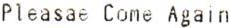
PLEASAE COME AGAIN